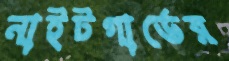
নাইটগার্ডের